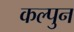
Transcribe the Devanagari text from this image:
कल्पुन